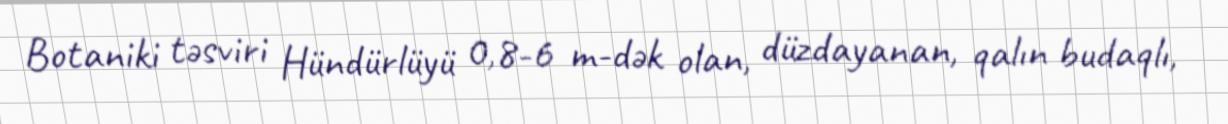
Botaniki təsviri Hündürlüyü 0,8-6 m-dək olan, düzdayanan, qalın budaqlı,